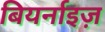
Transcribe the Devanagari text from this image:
बियर्नाइज़